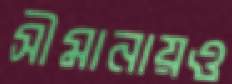
সীমানায়ও